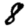
Digit: 8